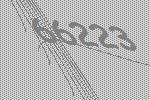
66223